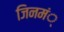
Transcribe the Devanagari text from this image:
जिनमं्